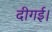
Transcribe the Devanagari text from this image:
दीगई।